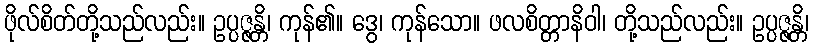
ဖိုလ်စိတ်တို့သည်လည်း။ ဥပ္ပဇ္ဇန္တိ၊ ကုန်၏။ ဒွေ၊ ကုန်သော။ ဖလစိတ္တာနိဝါ၊ တို့သည်လည်း။ ဥပ္ပဇ္ဇန္တိ၊